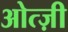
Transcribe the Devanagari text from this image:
ओत्ज़ी